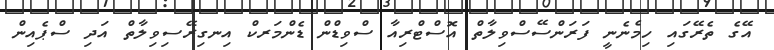
އޭގެ ތެރޭގައި ހިމެނެނީ ފަރަންސޭސްވިލާތް އޮސްޓްރިއާ ސްވިޑްން ޑެންމަރކް އިނގިރޭސިވިލާތް އަދި ސްޕެއިން